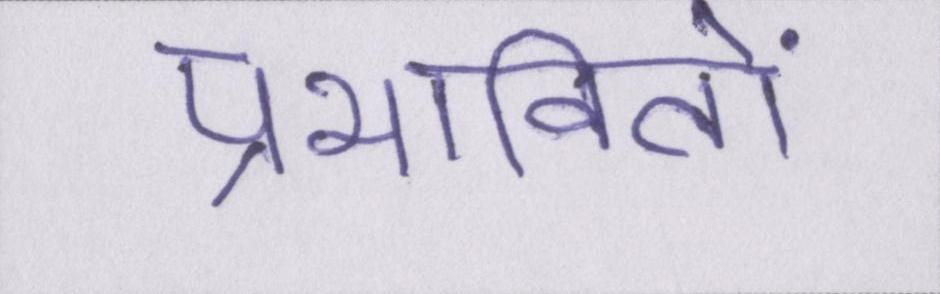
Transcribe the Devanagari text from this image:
प्रभावितों